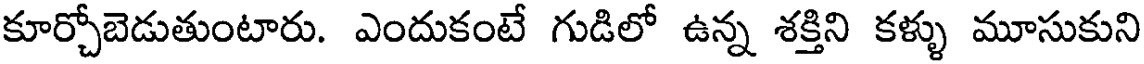
కూర్చోబెడుతుంటారు. ఎందుకంటే గుడిలో ఉన్న శక్తిని కళ్ళు మూసుకుని